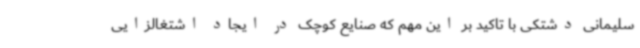
سلیمانی دشتکی با تاکید بر این مهم که صنایع کوچک در ایجاد اشتغالزایی